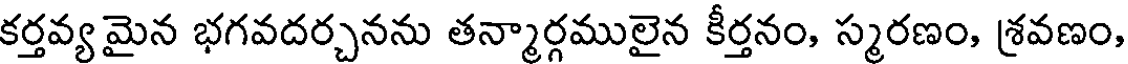
కర్తవ్య మైన భగవదర్చనను తన్మార్గములైన కీర్తనం, స్మరణం, శ్రవణం,